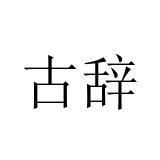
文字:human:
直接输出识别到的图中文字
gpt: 古辞